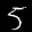
Label: 5